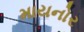
માયનોર